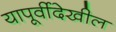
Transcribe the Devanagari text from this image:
यापूर्वीदेखील